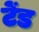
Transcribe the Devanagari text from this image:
टेंड